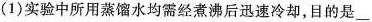
(1)实验中所用蒸馏水均需经煮沸后迅速冷却，目的是___